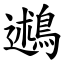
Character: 鶐